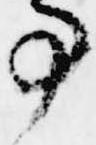
事